system: You are a helpful assistant.
user:
Analyze the provided spectrum to determine if it is a **M-type Giant (gM)**.

A M-type Giant spectrum is defined by its **strong molecular absorption** features, particularly from **Titanium Oxide (TiO)**. You must check for one of the following mutually exclusive signatures:

- **Key Visual Indicators (Absorption-Dominated Spectrum):**

    - **(Primary):** The spectrum is dominated by strong molecular absorption from **Titanium Oxide (TiO)**. This is the **defining feature** of its M-type temperature class.
        - **(Key Bandheads):** Look for sharp, "saw-tooth" absorption valleys. The strongest are located near **~7050 Å**, **~6160 Å**, and **~5170 Å**.
        - **(Line Profile):** The "saw-tooth" morphology is critical: a **sharp, steep drop on the BLUE (short-wavelength) side** of the bandhead, followed by a gradual recovery (rising flux) towards the RED (long-wavelength) side.

    - **(Key Confirmation - Giant vs. Dwarf):** **ABSENCE** of strong **Calcium Hydride (CaH)** molecular bands. This is the primary diagnostic for *excluding* M-dwarfs.
        - **(Key Region):** The spectrum should lack the strong, broad absorption band seen in dwarfs between **~6800 Å and ~7000 Å**.

    - **(Secondary Confirmation - Giant):** A very strong and broad **Neutral Calcium (Ca I)** atomic absorption line.
        - **(Key Line):** Located at **~4226 Å**. In a giant (gM), this line is significantly deeper and broader than the same line in an M-dwarf (dM) due to low surface gravity.

    - **(Overall Spectrum):**
        - The continuum is **extremely red-sloping** (i.e., flux is very low in the blue and rises dramatically towards the red).
        - The entire spectrum appears "chopped up" by the deep TiO bands.

Think first, call **spectral_visualization_tool** if needed to examine features in detail, then provide your final answer. Your response must adhere to the following strict rules:
1.  **Overall Structure:** Your response must follow the format `<think>...</think> <tool_call>...</tool_call> (if a tool is used) <answer>...</answer>`.
2.  **Tool Usage Constraint:** You may only make **one** tool call per turn.
3.  **Final Answer Format:** In the `<answer>` tag, your conclusion must be inside a `\boxed{}` command (e.g., `\boxed{YES}` or `\boxed{NO}`), followed by your justification.

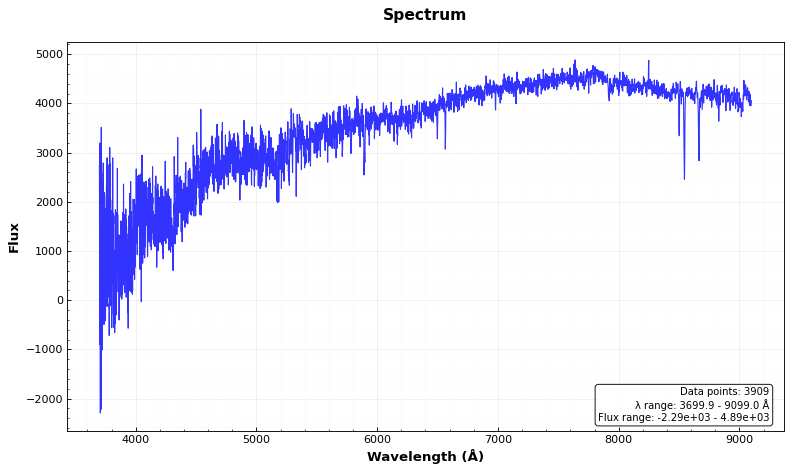
Answer: NO